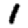
Digit: 1